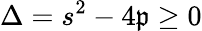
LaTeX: \Delta=s^{2}-4\mathfrak{p}\ge0